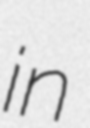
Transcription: in